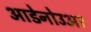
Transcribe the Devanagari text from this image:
आडेनोउअर